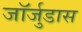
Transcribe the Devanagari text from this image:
जॉर्जुडास